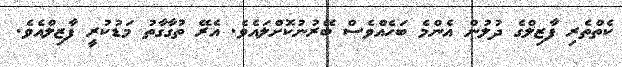
ކެތްތެރި ފާޒިލްގެ ދުލުން އެންމެ ބަހެއްވެސް ބޭރުނުކޮށްލައެވެ. އެރޭ ތުގާގާތު މަޑުކުރީ ފާޒިލްއެވެ.